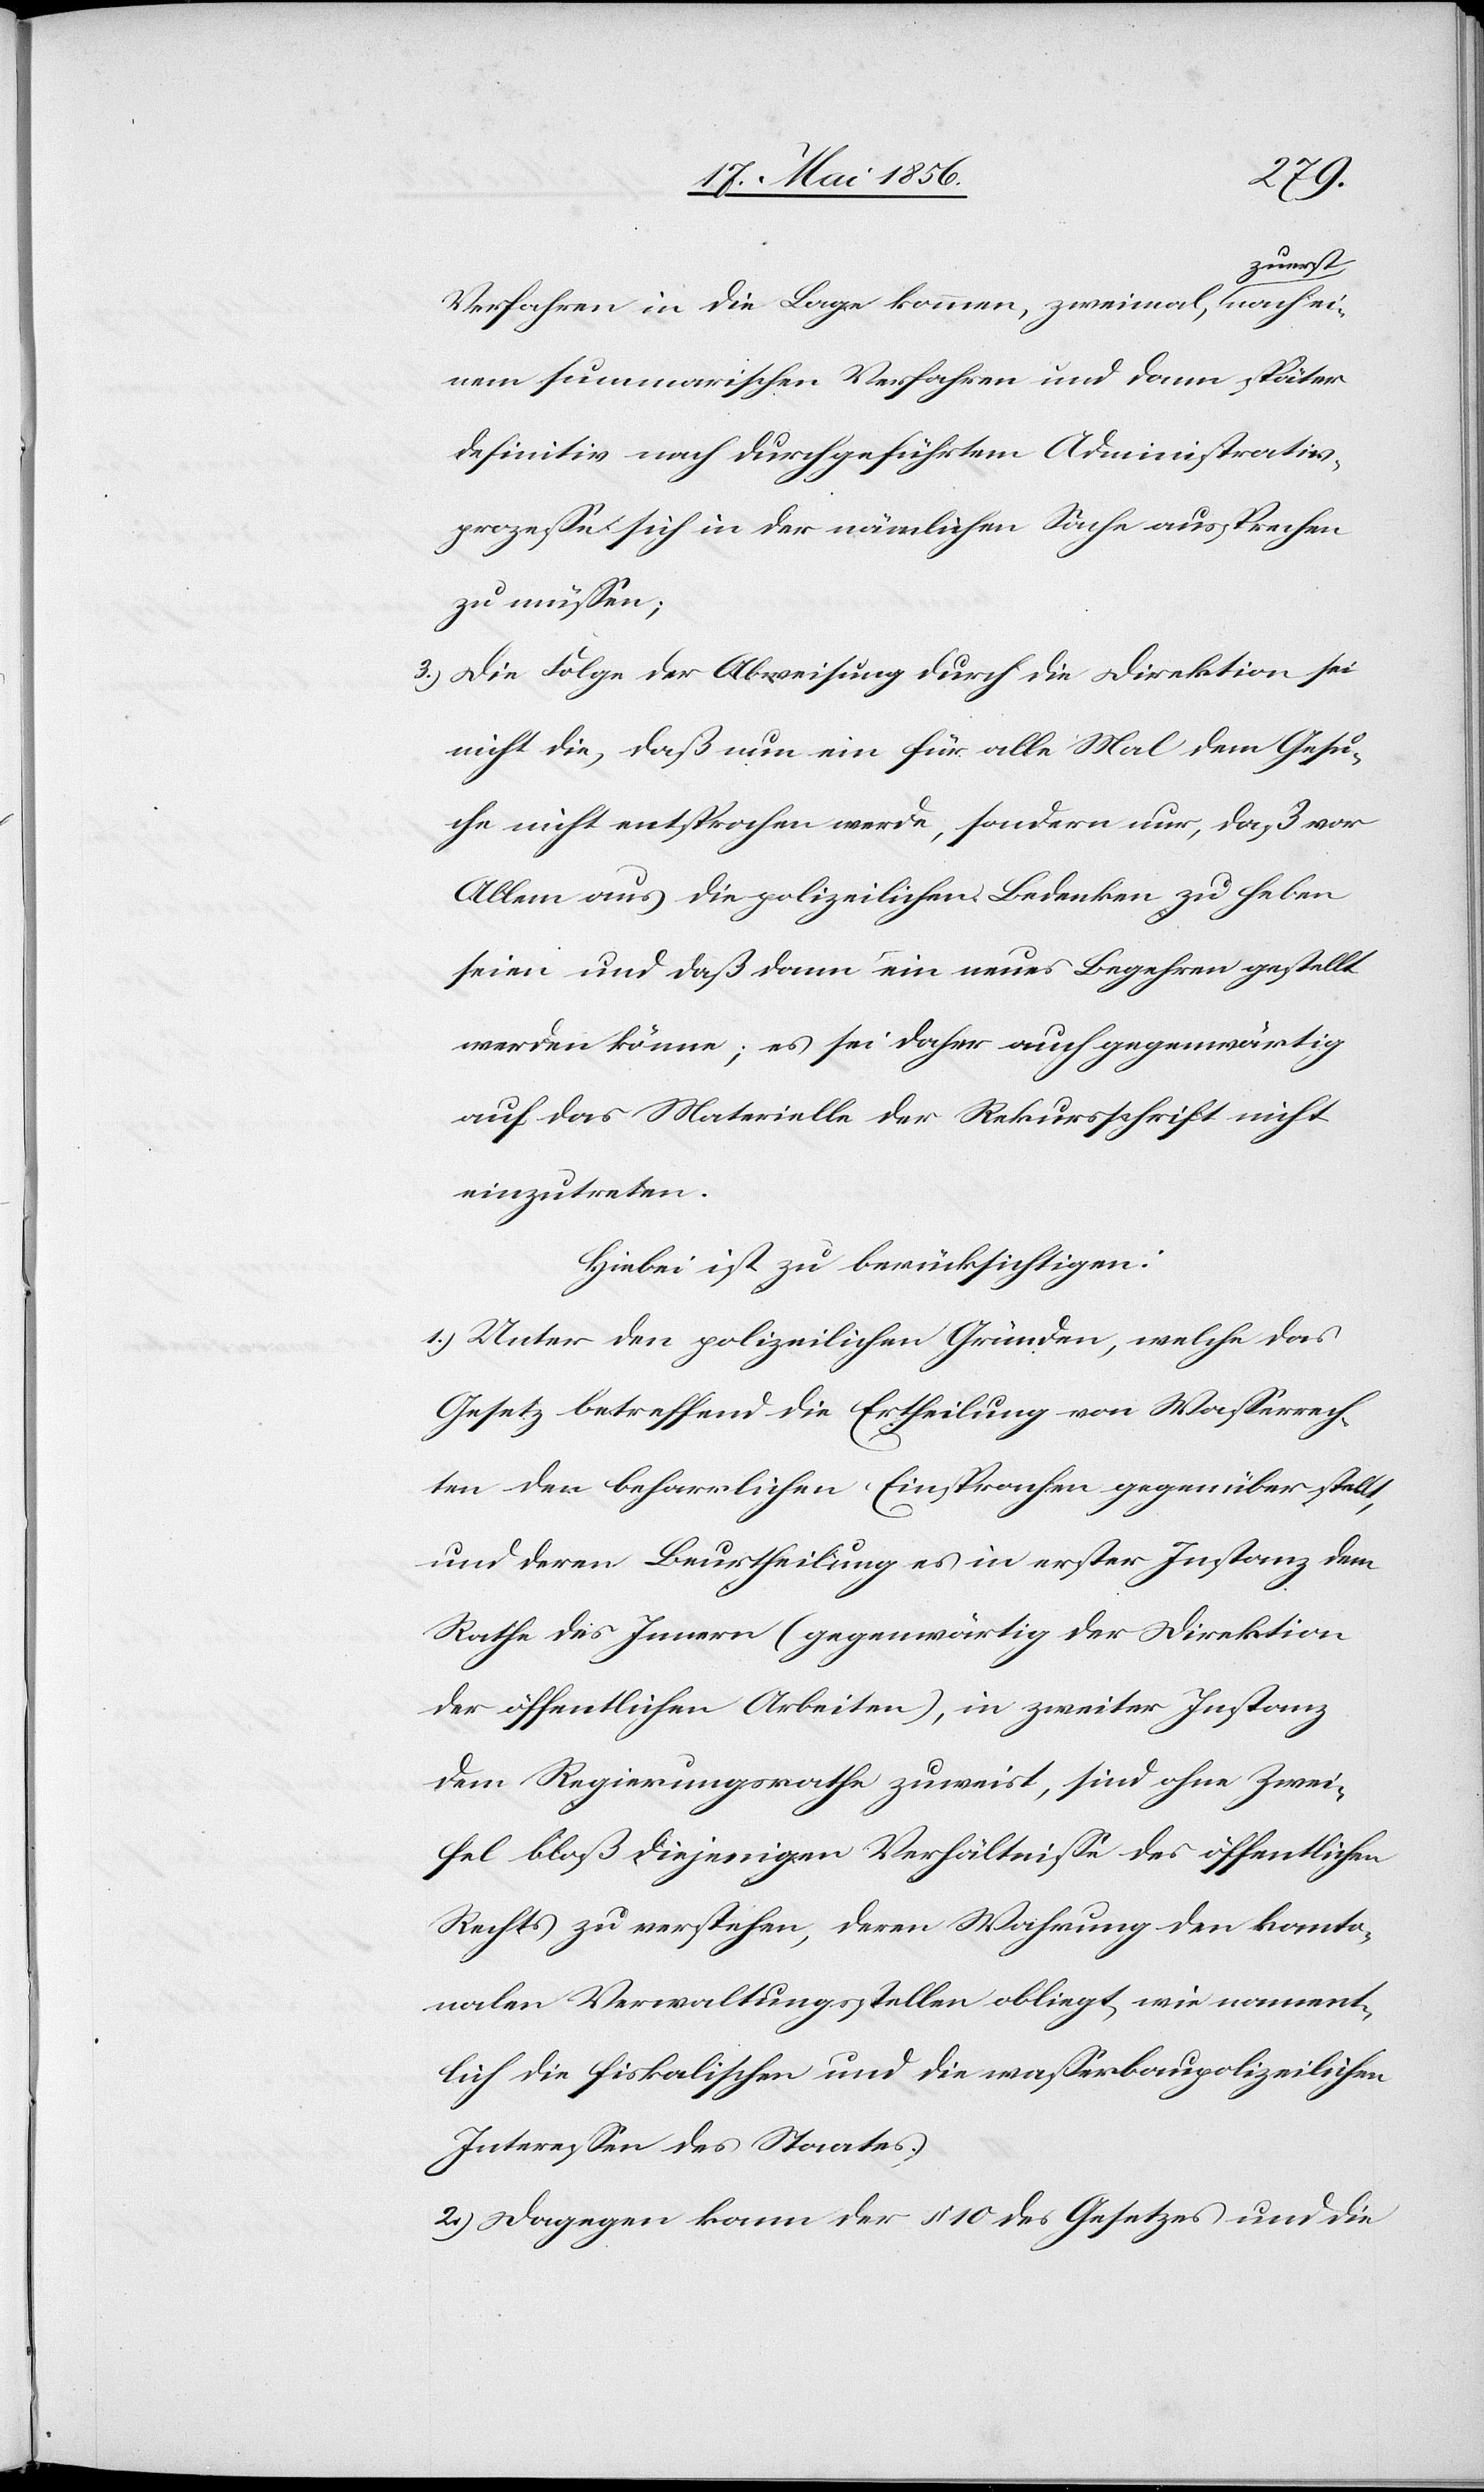
Verfahren in die Lage kommen, zweimal azuersta, nach ei¬
nem summarischen Verfahren und dann später
definitiv nach durchgeführtem Administrativ¬
prozesse sich in der nämlichen Sache aussprechen
zu müssen;
3.) Die Folge der Abweisung durch die Direktion sei
nicht die, daß nun ein für alle Mal dem Gesu¬
che nicht entsprochen werde, sondern nur, daß vor
Allem aus die polizeilichen Bedenken zu heben
seien und daß dann ein neues Begehren gestellt
werden könne; es sei daher auch gegenwärtig
auf das Materielle der Rekursschrift nicht
einzutreten.
Hiebei ist zu berücksichtigen:
1.) Unter den polizeilichen Gründen, welche das
Gesetz betreffend die Ertheilung von Wasserrech¬
ten den beharrlichen Einsprachen gegenüber stellt,
und deren Beurtheilung es in erster Instanz dem
Rathe des Innern (gegenwärtig der Direktion
der öffentlichen Arbeiten), in zweiter Instanz
dem Regierungsrathe zuweist, sind ohne Zwei¬
fel bloß diejenigen Verhältnisse des öffentlichen
Rechts zu verstehen, deren Wahrung den kanto¬
nalen Verwaltungsstellen obliegt, wie nament¬
lich die fiskalischen und die wasserbaupolizeilichen
Interessen des Staates.
2.) Dagegen kann der § 10 des Gesetzes und die